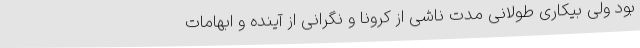
بود ولی بیکاری‌ طولانی مدت ناشی از کرونا و نگرانی از آینده و ابهامات